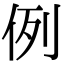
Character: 例